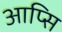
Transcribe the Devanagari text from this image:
आप्सि